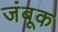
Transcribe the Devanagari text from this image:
जंबूक